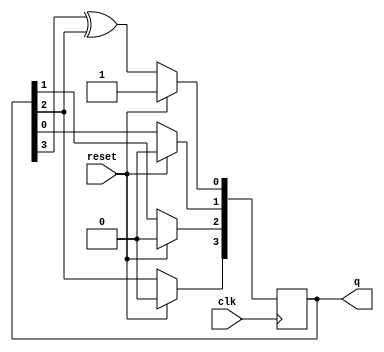
module lfsr_4bit(
    input clk,
    input reset,
    output reg [3:0] q
); 
    wire x;
	 assign x = q[3]^q[2];
    always@(posedge clk) begin
        if(reset)
            q <= 4'h1;
    	else  begin
            q[3] <= q[2];
            q[2] <= q[1];
            q[1] <= q[0];
            q[0] <= x;
        end 
		  end
endmodule
module tb;
	reg clk=0;
	reg reset;
	reg [3:0]x,q;
	lfsr_4bit uut (clk, reset, q);
	initial forever #10 clk=~clk;
	initial begin
		reset=1;
		#30 reset=0;
		#40;
		repeat(10) begin
			@(negedge clk)
			x=uut.q;
			x={x[2:0],x[3]^x[2]};
		end
		end
endmodule